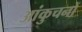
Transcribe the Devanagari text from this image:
आंकुचनों